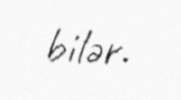
bilər.